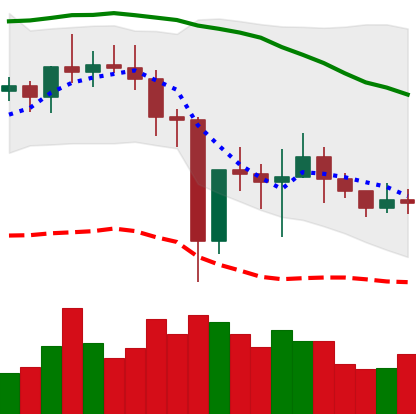
Ticker: NEO-USD
Chart end date: 2021-01-02
Forward return: 44.525%
Label: up_7plus